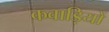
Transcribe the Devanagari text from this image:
कवाड़ियों